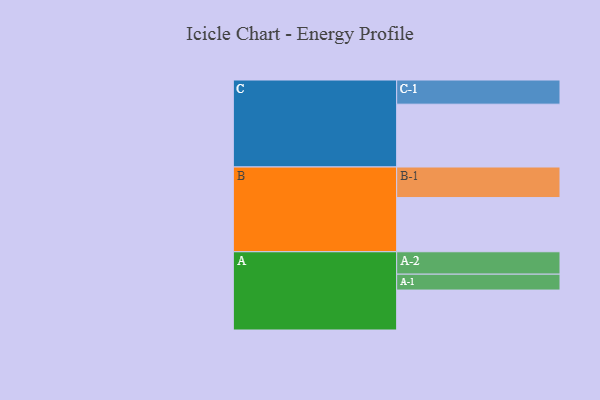
{"axis": {"x": "Segment", "y": "Value"}, "legend": ["", "A", "B", "C"], "data": [{"x": "A", "y": 337, "type": ""}, {"x": "B", "y": 457, "type": ""}, {"x": "C", "y": 530, "type": ""}, {"x": "A-1", "y": 134, "type": "A"}, {"x": "A-2", "y": 189, "type": "A"}, {"x": "B-1", "y": 258, "type": "B"}, {"x": "C-1", "y": 204, "type": "C"}]}